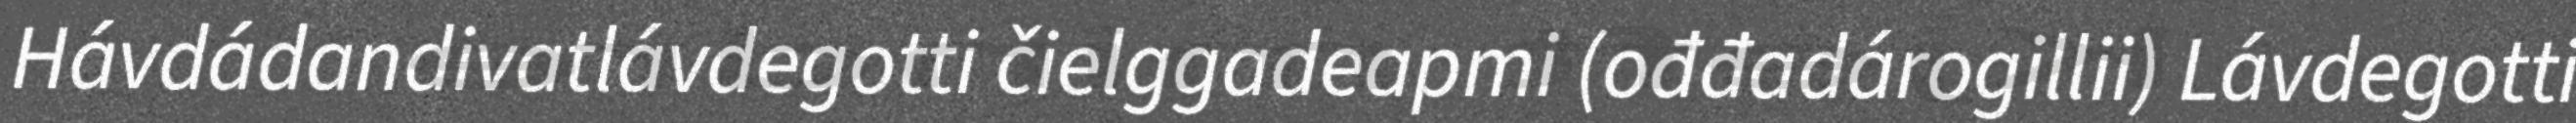
Hávdádandivatlávdegotti čielggadeapmi (ođđadárogillii) Lávdegotti